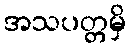
အသပတ္တမှိ